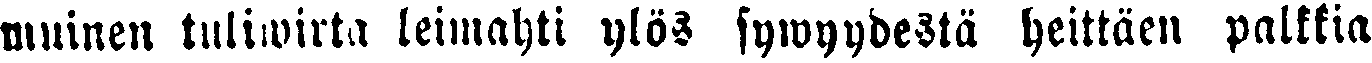
muinen tuliwirta leimahti ylös sywyydestä heittäen palkkia